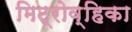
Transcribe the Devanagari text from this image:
मिट्रोव्हिका